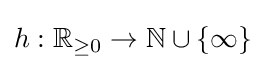
h:\mathbb {R} _{\geq 0}\to \mathbb {N} \cup \{\infty \}